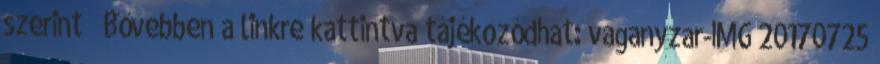
szerint ” Bővebben a linkre kattintva tájékozódhat: vaganyzar-IMG 20170725